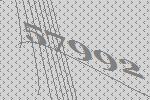
57992